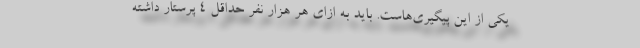
یکی از این پیگیری‌هاست. باید به ازای هر هزار نفر حداقل 4 پرستار داشته